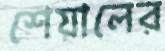
শেয়ালের